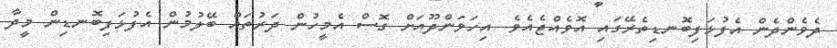
ދެވެންދެން އެފުޅަފިބޮނޑިތެރޭގައި އޮވެއްޖެއެވެ. އިހަވަންދޫއަށް ގޮސް އެމީހުން ދަރުތައް ބޭލުމުން އެފުޅަފިބޮނޑިން މީދާ